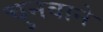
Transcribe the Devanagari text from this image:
चुनवाने